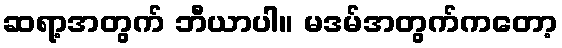
ဆရာ့အတွက် ဘီယာပါ။ မဒမ်အတွက်ကတော့